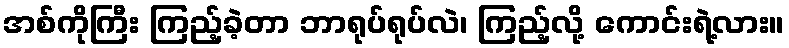
အစ်ကိုကြီး ကြည့်ခဲ့တာ ဘာရုပ်ရုပ်လဲ၊ ကြည့်လို့ ကောင်းရဲ့လား။